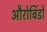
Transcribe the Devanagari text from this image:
औरोबिंडो